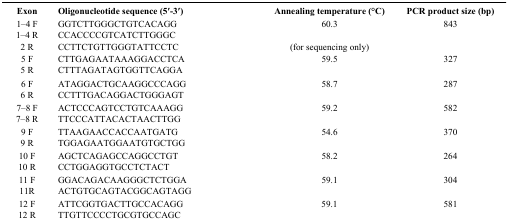
<table><thead><tr><td><b>Exon</b></td><td><b>Oligonucleotide sequence (5′-3′)</b></td><td><b>Annealing temperature (°C)</b></td><td><b>PCR product size (bp)</b></td></tr></thead><tbody><tr><td>1–4 F</td><td>GGTCTTGGGCTGTCACAGG</td><td rowspan="2">60.3</td><td rowspan="2">843</td></tr><tr><td>1–4 R</td><td>CCACCCCGTCATCTTGGGC</td></tr><tr><td>2 R</td><td>CCTTCTGTTGGGTATTCCTC</td><td>(for sequencing only)</td><td></td></tr><tr><td>5 F</td><td>CTTGAGAATAAAGGACCTCA</td><td rowspan="2">59.5</td><td rowspan="2">327</td></tr><tr><td>5 R</td><td>CTTTAGATAGTGGTTCAGGA</td></tr><tr><td>6 F</td><td>ATAGGACTGCAAGGCCCAGG</td><td rowspan="2">58.7</td><td rowspan="2">287</td></tr><tr><td>6 R</td><td>CCTTTGACAGGACTGGGAGT</td></tr><tr><td>7–8 F</td><td>ACTCCCAGTCCTGTCAAAGG</td><td rowspan="2">59.2</td><td rowspan="2">582</td></tr><tr><td>7–8 R</td><td>TTCCCATTACACTAACTTGG</td></tr><tr><td>9 F</td><td>TTAAGAACCACCAATGATG</td><td rowspan="2">54.6</td><td rowspan="2">370</td></tr><tr><td>9 R</td><td>TGGAGAATGGAATGTGCTGG</td></tr><tr><td>10 F</td><td>AGCTCAGAGCCAGGCCTGT</td><td rowspan="2">58.2</td><td rowspan="2">264</td></tr><tr><td>10 R</td><td>CCTGGAGGTGCCTCTACT</td></tr><tr><td>11 F</td><td>GGACAGACAAGGGCTCTGGA</td><td rowspan="2">59.1</td><td rowspan="2">304</td></tr><tr><td>11R</td><td>ACTGTGCAGTACGGCAGTAGG</td></tr><tr><td>12 F</td><td>ATTCGGTGACTTGCCACAGG</td><td rowspan="2">59.1</td><td rowspan="2">581</td></tr><tr><td>12 R</td><td>TTGTTCCCCTGCGTGCCAGC</td></tr></tbody></table>